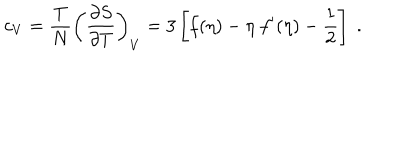
c _ { V } = { \frac { T } { N } } \left( { \frac { \partial S } { \partial T } } \right) _ { V } = 3 \left[ f ( \eta ) - \eta \; f ^ { \prime } ( \eta ) - \frac 1 2 \right] \; .